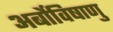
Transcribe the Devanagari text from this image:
अर्बोविषाणु